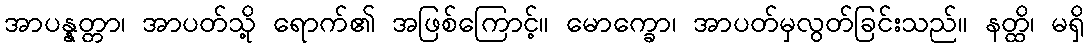
အာပန္နတ္တာ၊ အာပတ်သို့ ရောက်၏ အဖြစ်ကြောင့်။ မောက္ခော၊ အာပတ်မှလွတ်ခြင်းသည်။ နတ္ထိ၊ မရှိ